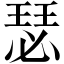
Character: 瑟